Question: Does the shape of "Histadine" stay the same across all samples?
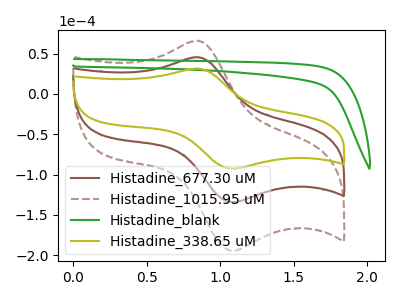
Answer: <think>The brown curve "Histadine_677.30 uM" has an anodic peak at (0.85V, 45.60uA) and a cathodic peak at (1.10V, -134.25uA). The brown dashed curve "Histadine_1015.95 uM" has an anodic peak at (0.85V, 91.20uA) and a cathodic peak at (1.10V, -268.45uA). The green curve "Histadine_blank" has no peaks. The olive curve "Histadine_338.65 uM" has an anodic peak at (0.85V, 31.50uA) and a cathodic peak at (1.10V, -92.70uA).
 All the peaks in "Histadine_677.30 uM" have a peak in "Histadine_1015.95 uM" at the same potential. Every peak in "Histadine_677.30 uM" is lower than every peak in "Histadine_1015.95 uM". "Histadine_677.30 uM" and "Histadine_blank" have a different number of peaks. All the peaks in "Histadine_677.30 uM" have a peak in "Histadine_338.65 uM" at the same potential. Every peak in "Histadine_677.30 uM" is higher than every peak in "Histadine_338.65 uM". "Histadine_1015.95 uM" and "Histadine_blank" have a different number of peaks. All the peaks in "Histadine_1015.95 uM" have a peak in "Histadine_338.65 uM" at the same potential. Every peak in "Histadine_1015.95 uM" is higher than every peak in "Histadine_338.65 uM". "Histadine_blank" and "Histadine_338.65 uM" have a different number of peaks.</think>
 <answer>All the CV's of "Histadine" have similar shape.</answer>
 <eval>follow_rule</eval>